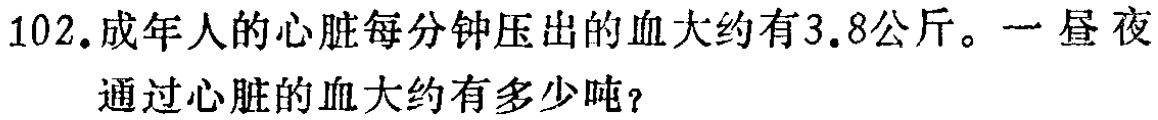
102.成年人的心脏每分钟压出的血大约有3.8公斤。一昼夜通过心脏的血大约有多少吨？